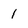
Character: 1